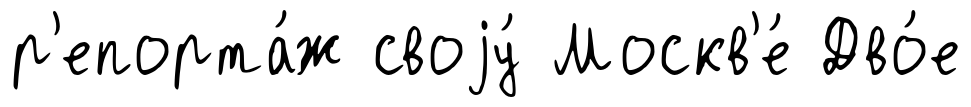
р'епорта́ж своjу́ Москв'е́ Дво́е